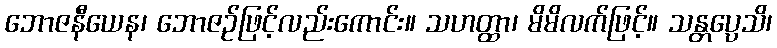
ဘောဇနီယေန၊ ဘောဇဉ်ဖြင့်လည်းကောင်း။ သဟတ္ထာ၊ မိမိလက်ဖြင့်။ သန္တပ္ပေသိ၊